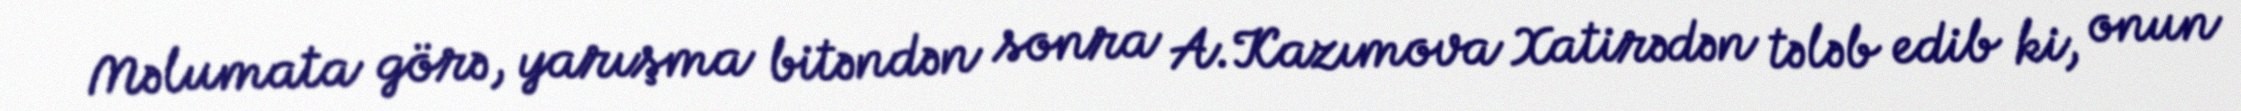
Məlumata görə, yarışma bitəndən sonra A.Kazımova Xatirədən tələb edib ki, onun